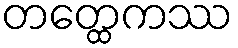
တတ္ထေကဿ